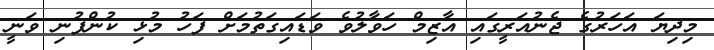
މިދިޔަ އަހަރުގެ ޖެނުއަރީގައި އާޒިމް ހަވާލުވެ ވަޑައިގަތުމަށް ފަހު މުޅި ކުންފުނި ވަނީ